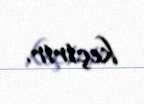
keçirir.